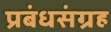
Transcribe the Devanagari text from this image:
प्रबंधसंग्रह